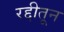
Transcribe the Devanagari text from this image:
रद्दीतून